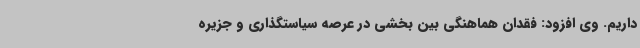
داریم. وی افزود: فقدان هماهنگی بین بخشی در عرصه سیاستگذاری و جزیره